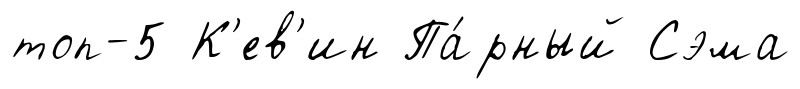
топ-5 К'ев'ин Па́рный Сэма